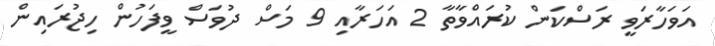
އަވަހާރަވީ ރަސްކަން ކުރައްވާތާ 2 އަހަރާއި 9 މަސް ދުވަސް ވީފަހުން ހިޖުރައިން